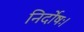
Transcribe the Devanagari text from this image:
निर्दोषः।